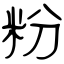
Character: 粉